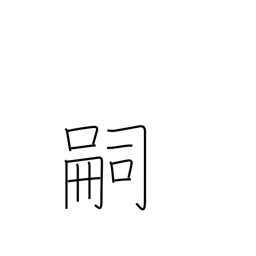
Meaning: heir